Production of alkali in liquid media by the Bacillus pestis - Number 33
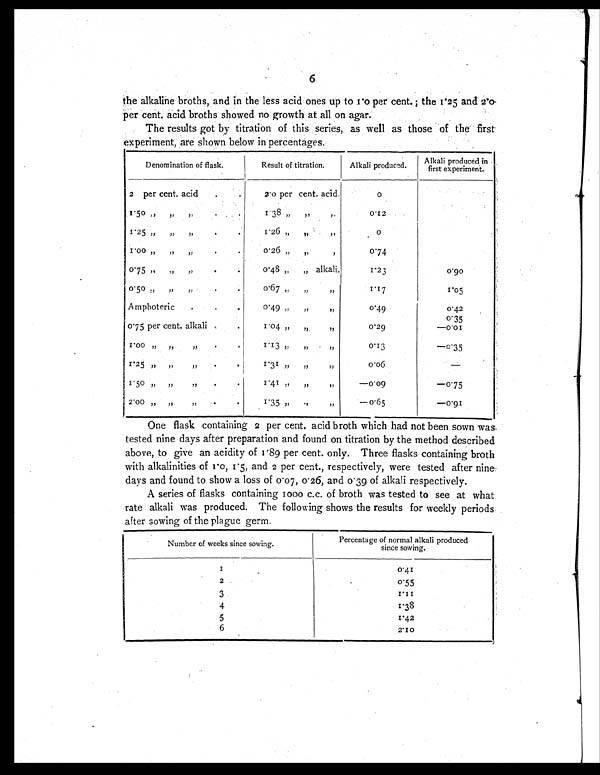
6
the alkaline broths, and in the less acid ones up to 1.0 per cent.; the 1.25 and 2.0
per cent. acid broths showed no growth at all on agar.
The results got by titration of this series, as well as those of the first
experiment, are shown below in percentages.
Denomination of flask.
Result of titration.
Alkali produced.
Alkali produced in
first experiment.
2 per cent. acid
.
.
2.0 per cent. acid.
0
1.50 „ „ „
.
.
1.38 „ „ „
0.12
1.25 „ „ „
. .
1.26 „ „ „
0
1.00 „ „ „
.
.
0.26 „ „ ,
0.74
0.75 „ „ „
.
.
0.48 „ „ alkali.
1 . 2 3
0.90
0. 5 0 „ „ „
.
.
0.67 „ „ „
1.17
1.05
Amphoteric
.
.
.
0.49 „ „ „
0.49
0.42
0.75 per cent. alkali .
.
1.04 „ „ „
0 . 2 9
0 . 3 5
— 0 . 0 1
1.00 „ „ „
.
.
1.13 „ „ „
0.13
—0.35
1.25 „ „ „
.
.
1.31 „ „ „
0.06
—
1.50 „ „ „
.
.
1.41 „ „ „
—0.09
—0.75
2.00 „ „ „
.
.
1.35 „ „ „
—0.65
—0.91
One flask containing 2 per cent. acid broth which had not been sown was
tested nine days after preparation and found on titration by the method described
above, to give an acidity of 1 . 89 per cent. only. Three flasks containing broth
with alkalinities of 1.0, 1.5, and 2 per cent., respectively, were tested after nine
day s and found to show a loss of 0.07, 0. 26, and 0.39 of alkali respectively.
A series of flasks containing 1000 c.c. of broth was tested to see at what
rate alkali was produced. The following shows the results for weekly periods
after sowing of the plague germ.
Number of weeks since sowing.
Percentage of normal alkali produced
since sowing.
1
0.41
2
0.55
3
1.11
4
1.38
5
1.42
6
2.10